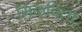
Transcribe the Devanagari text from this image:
मिळवितां